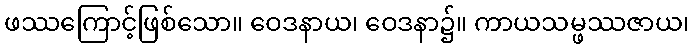
ဖဿကြောင့်ဖြစ်သော။ ဝေဒနာယ၊ ဝေဒနာ၌။ ကာယသမ္ဖဿဇာယ၊